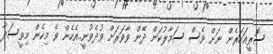
ސޮރީއަހަރެން ނަށް ވެސް ސަމާލުކަން ދޭން ވާވަރަށް ވުދެވުނީ..އެހެން ވެ މިހެން މިވީސަދާ